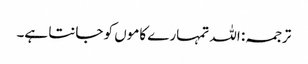
ترجمہ: اللہ تمہارے کاموں کو جانتا ہے۔